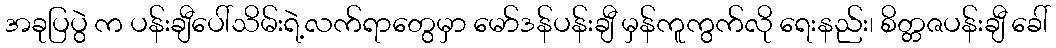
အခုပြပွဲ က ပန်းချီပေါ်သိမ်းရဲ့လက်ရာတွေမှာ မော်ဒန်ပန်းချီ မှန်ကူကွက်လို ရေးနည်း၊ စိတ္တဇပန်းချီ ခေါ်